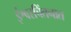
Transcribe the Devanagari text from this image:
ईश्वरचिंतनात